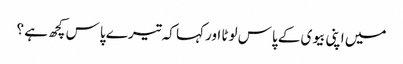
میں اپنی بیوی کے پاس لوٹا اور کہا کہ تیرے پاس کچھ ہے ؟